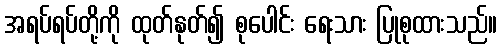
အရပ်ရပ်တို့ကို ထုတ်နုတ်၍ စုပေါင်း ရေးသား ပြုစုထားသည်။